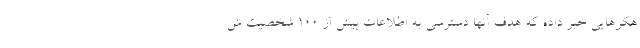
هکرهایی خبر داده که هدف آنها دسترسی به اطلاعات بیش از ۱۰۰ شخصیت ش